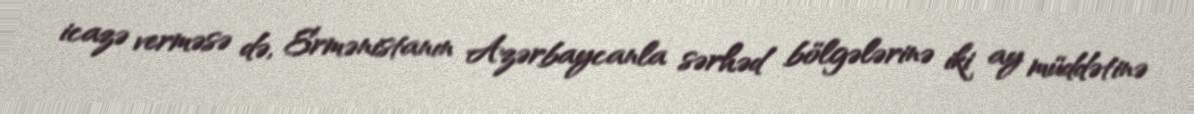
icazə verməsə də, Ermənistanın Azərbaycanla sərhəd bölgələrinə iki ay müddətinə